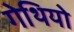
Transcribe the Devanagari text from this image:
गेथियो